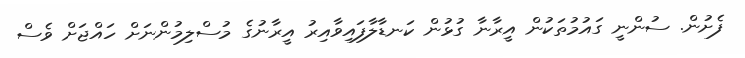
ފެށުން. ސުންނީ ގައުމުތަކުން އީރާނާ ގުޅުން ކަނޑާލާފައިވާއިރު އީރާނުގެ މުސްލިމުންނަށް ހައްޖަށް ވެސް